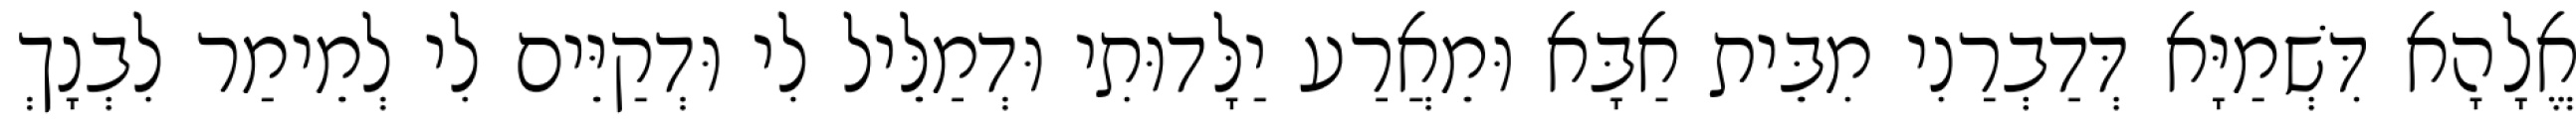
אֱלָהָא דִּשְׁמַיָּא דְּדַבְרַנִי מִבֵּית אַבָּא וּמֵאֲרַע יַלָּדוּתִי וּדְמַלֵּיל לִי וּדְקַיֵּים לִי לְמֵימַר לִבְנָךְ